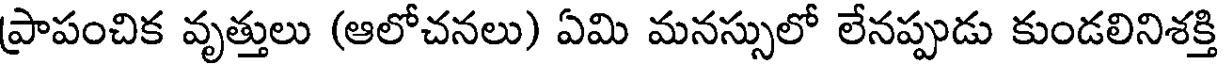
ప్రాపంచిక వృత్తులు (ఆలోచనలు) ఏమి మనస్సులో లేనప్పుడు కుండలినిశక్తి